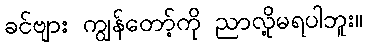
ခင်ဗျား ကျွန်တော့်ကို ညာလို့မရပါဘူး။